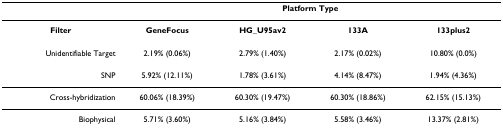
|  | <COLSPAN=4> Platform Type |
 | --- | --- | --- | --- | --- |
 | Filter | GeneFocus | HG_U95av2 | 133A | 133plus2 |
 | Unidentifiable Target | 2.19% (0.06%) | 2.79% (1.40%) | 2.17% (0.02%) | 10.80% (0.0%) |
 | SNP | 5.92% (12.11%) | 1.78% (3.61%) | 4.14% (8.47%) | 1.94% (4.36%) |
 | Cross-hybridization | 60.06% (18.39%) | 60.30% (19.47%) | 60.30% (18.86%) | 62.15% (15.13%) |
 | Biophysical | 5.71% (3.60%) | 5.16% (3.84%) | 5.58% (3.46%) | 13.37% (2.81%) |